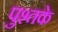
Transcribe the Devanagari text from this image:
पुश्तके